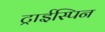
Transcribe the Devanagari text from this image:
ट्राईस्पिन